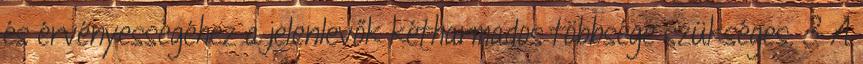
és érvényességéhez a jelenlevők kétharmados többsége szükséges. 3 A